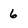
Character: 6